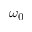
\omega _ { 0 }